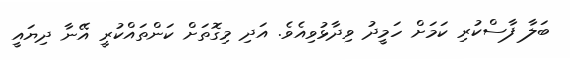
ބަލާ ފާސްކުރި ކަމަށް ހަމީދު ވިދާޅުވިއެވެ. އަދި މިގޮތަށް ކަންތައްކުރީ އޭނާ ދިޔައީ